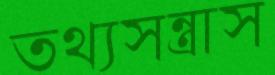
তথ্যসন্ত্রাস